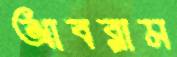
আবরাম